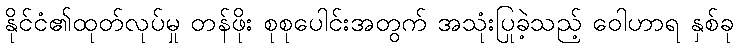
နိုင်ငံ၏ထုတ်လုပ်မှု တန်ဖိုး စုစုပေါင်းအတွက် အသုံးပြုခဲ့သည့် ဝေါဟာရ နှစ်ခု